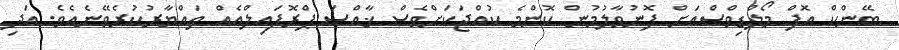
ބޭންކް އޮފް މޯލްޑިވްސްއަށް ފޮނުވާލުމުން ކޮންމެ ކުއްޖަކަށްވެސް ޚާއްސަ ޕްރޮފައިލްއެއް ތައްޔާރުކުރެވޭނެއެވެ. އަދި